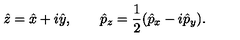
\hat { z } = \hat { x } + i \hat { y } , \qquad \hat { p } _ { z } = \frac { 1 } { 2 } ( \hat { p } _ { x } - i \hat { p } _ { y } ) .